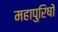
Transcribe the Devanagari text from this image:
महापुरिषों